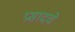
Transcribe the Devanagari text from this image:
प्रसादचे